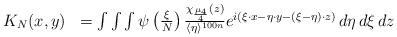
LaTeX: \begin{align*}\begin{array}{ll}K_{N}(x,y) & = \int \int \int \psi \left( \frac{\xi}{N} \right) \frac{ \chi_{\frac{ \mu_{4}}{4}} (z)} {\langle \eta \rangle^{100n}}e^{i \left( \xi \cdot x - \eta \cdot y - (\xi - \eta) \cdot z \right)} \, d \eta \, d \xi \, dz\end{array}\end{align*}